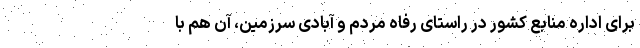
برای اداره منابع کشور در راستای رفاه مردم و آبادی سرزمین، آن هم با